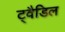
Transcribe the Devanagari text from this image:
ट्वैडिल